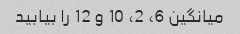
میانگین 6، 2، 10 و 12 را بیابید